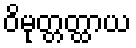
ဝိမုတ္တတ္ထာယ